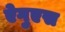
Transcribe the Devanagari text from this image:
ऐगुएस